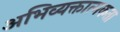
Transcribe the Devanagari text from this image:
अभिव्यक्तात्मकता